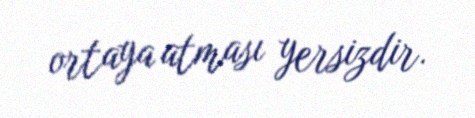
ortaya atması yersizdir.